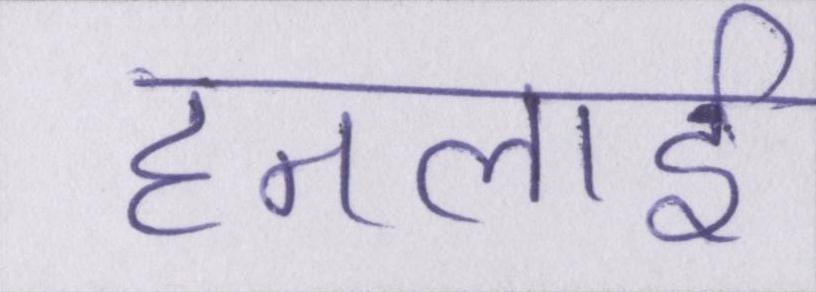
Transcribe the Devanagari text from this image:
हनलाई